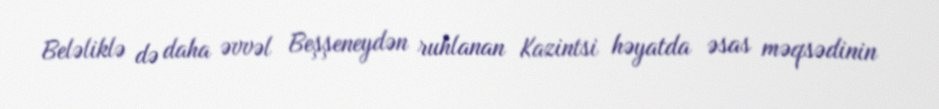
Beləliklə də daha əvvəl Beşşeneydən ruhlanan Kazintsi həyatda əsas məqsədinin